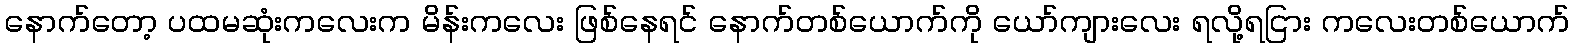
နောက်တော့ ပထမဆုံးကလေးက မိန်းကလေး ဖြစ်နေရင် နောက်တစ်ယောက်ကို ယော်ကျားလေး ရလို့ရငြား ကလေးတစ်ယောက်